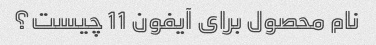
نام محصول برای آیفون 11 چیست؟